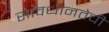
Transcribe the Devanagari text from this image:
सावधानतेची